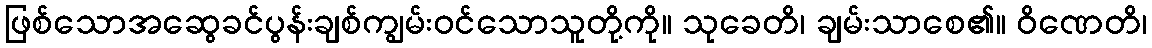
ဖြစ်သောအဆွေခင်ပွန်းချစ်ကျွမ်းဝင်သောသူတို့ကို။ သုခေတိ၊ ချမ်းသာစေ၏။ ဝိဏေတိ၊